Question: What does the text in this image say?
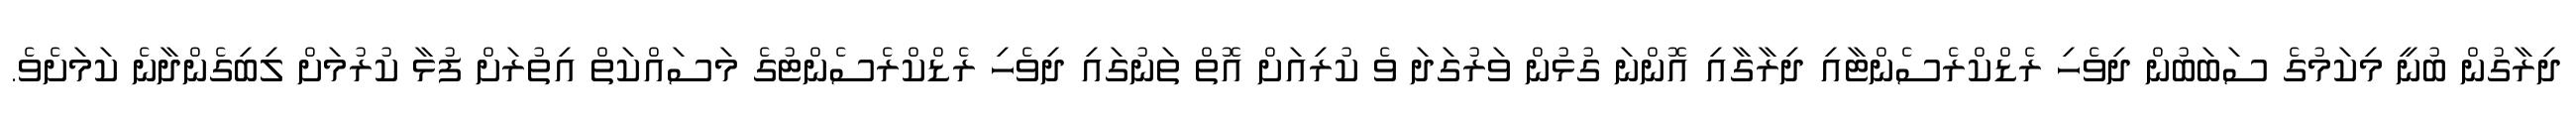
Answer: ދިރާގުން ބުނީ މިކަމުގެ ސަބަބުން ދިވެހި ރެޑްކްރެސެންޓާއި ދިރާގާއި އޮންނަ ގުޅުން ވަރުގަދަ ވެ ކުރިއަށް އޮތް ތަނުގައި ދިވެހި ރެޑްކްރެސެންޓުގެ މަސައްކަތް އިތުރަށް ފުޅާ ކުރުމަށް ލިބިގެންދާނެ ކަމަށެވެ.